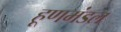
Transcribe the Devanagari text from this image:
हूणमंडल